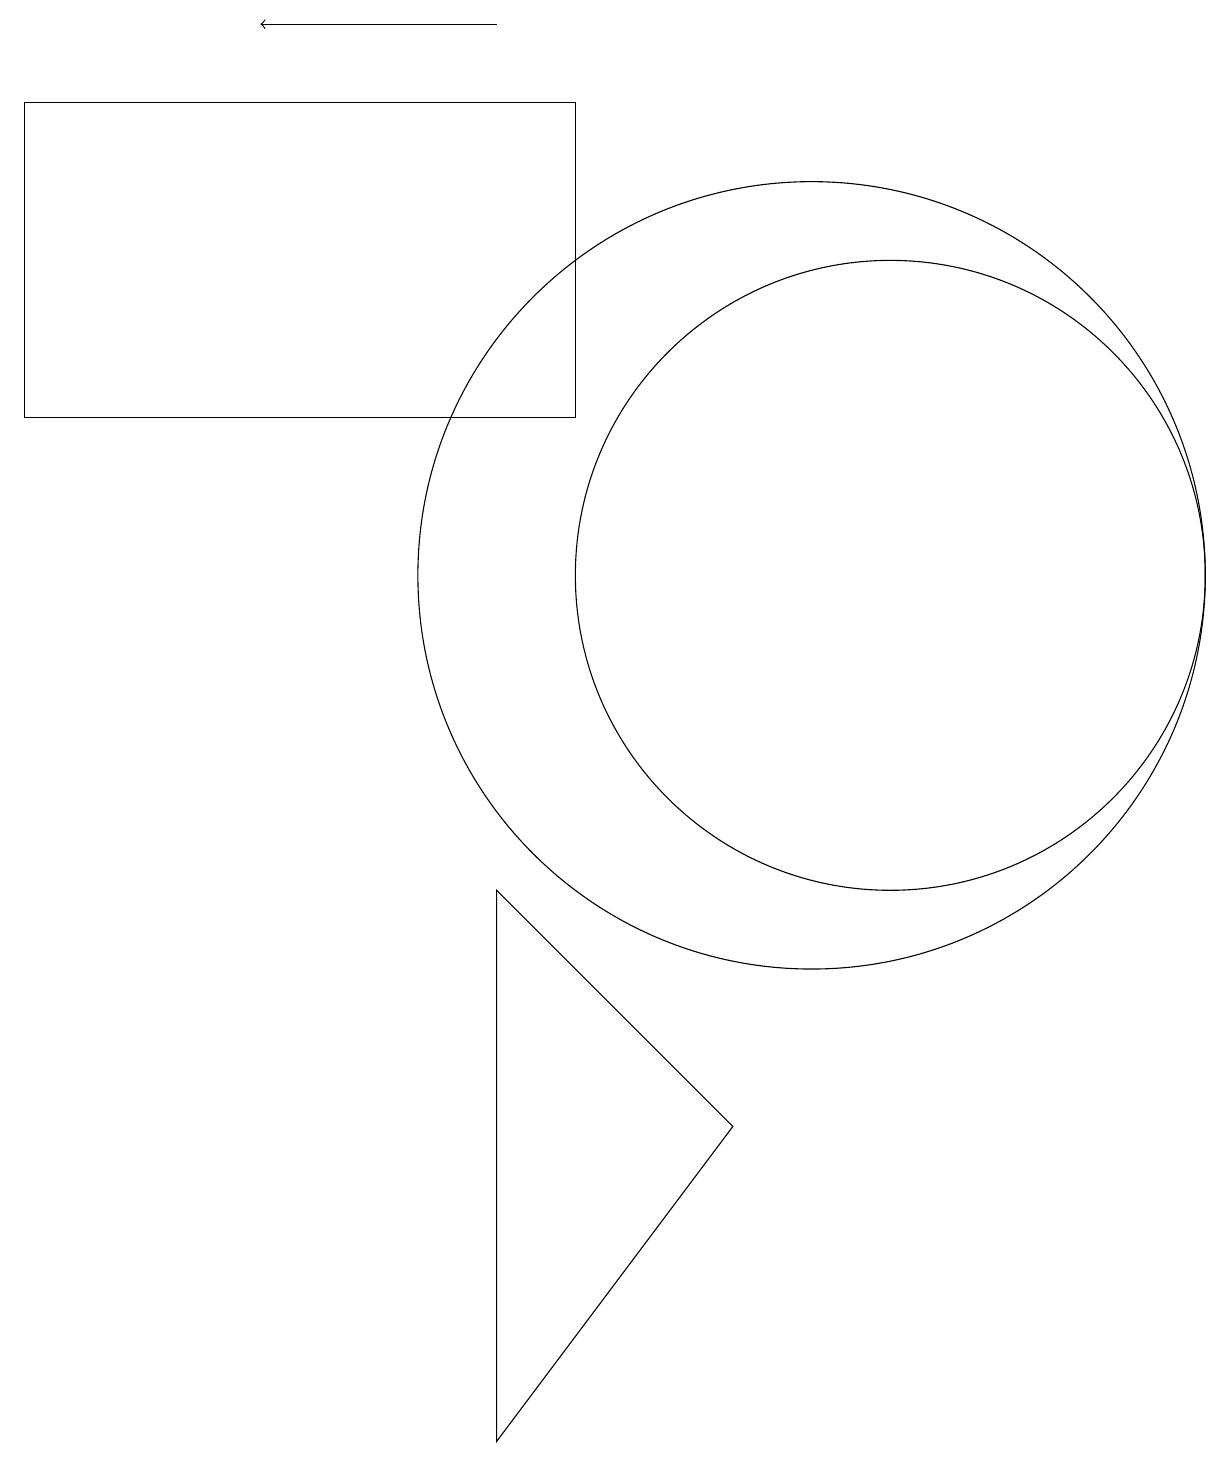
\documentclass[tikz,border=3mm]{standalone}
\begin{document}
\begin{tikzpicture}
\draw (11,11) circle (4);
\draw (6,0) -- (9,4) -- (6,7) -- cycle;
\draw (10,11) circle (5);
\draw (0,17) rectangle (7,13);
\draw[->] (6,18) -- (3,18);
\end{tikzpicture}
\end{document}